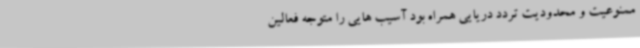
ممنوعیت و محدودیت تردد دریایی همراه بود آسیب هایی را متوجه فعالین